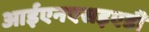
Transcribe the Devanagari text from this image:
आईएनएसइएडी